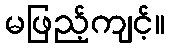
မဖြည့်ကျင့်။